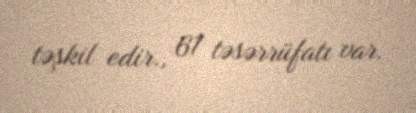
təşkil edir., 61 təsərrüfatı var.